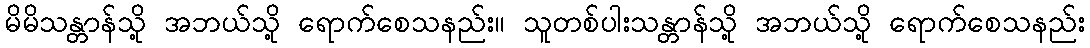
မိမိသန္တာန်သို့ အဘယ်သို့ ရောက်စေသနည်း။ သူတစ်ပါးသန္တာန်သို့ အဘယ်သို့ ရောက်စေသနည်း